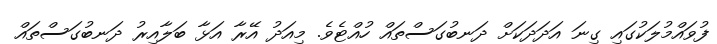
ފުވައްމުލަކުގައި ގިނަ އަދަދަކަށް ދަނބުގަސްތައް ހުއްޓެވެ. މިއަދު އޭރާ އަޅާ ބަލާއިރު ދަނބުގަސްތައް